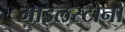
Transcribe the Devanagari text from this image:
माइलस्टोनों